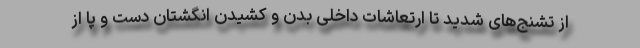
از تشنج‌های شدید تا ارتعاشات داخلی بدن و کشیدن انگشتان دست و پا از